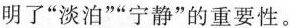
明了”淡泊””宁静”的重要性。